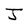
Character: J